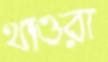
থাওরা